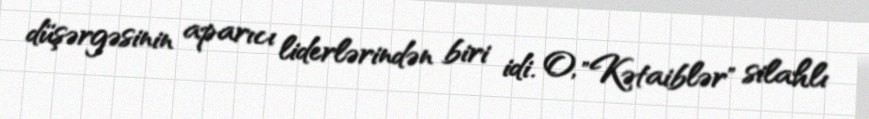
düşərgəsinin aparıcı liderlərindən biri idi. O, "Kətaiblər" silahlı